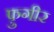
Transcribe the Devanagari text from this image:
फ़ुगीर